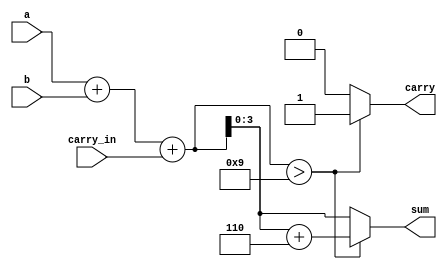
`timescale 1ns / 1ps
//////////////////////////////////////////////////////////////////////////////////
// Company: 
// Engineer: 
// 
// Design Name: 
// Module Name: bcd_adder
// Project Name: 
// Target Devices: 
// Tool Versions: 
// Description: 
// 
// Dependencies: 
// 
// Revision:
// Revision 0.01 - File Created
// Additional Comments:
// 
//////////////////////////////////////////////////////////////////////////////////


module bcd_adder(
a,b,carry_in,sum,carry
    );
    input [3:0] a,b;
    input carry_in;
    output [3:0] sum;
    output carry;
   
    reg [4:0] sum_temp;
    reg [3:0] sum;
    reg carry;  

    always @(a,b,carry_in)
    begin
        sum_temp = a+b+carry_in; 
        if(sum_temp > 9)    begin
            sum_temp = sum_temp+6; 
            carry = 1;  
            sum = sum_temp[3:0];    end
        else    begin
            carry = 0;
            sum = sum_temp[3:0];
        end
    end     

endmodule